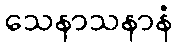
သေနာသနာနံ